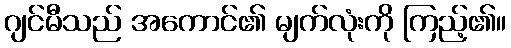
ဂျင်မီသည် အကောင်၏ မျက်လုံးကို ကြည့်၏။